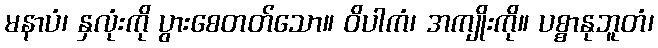
မနာပံ၊ နှလုံးကို ပွားစေတတ်သော။ ဝိပါကံ၊ အကျိုးကို။ ပစ္စာနုဘူတံ၊